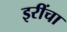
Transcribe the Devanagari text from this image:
इरींचा